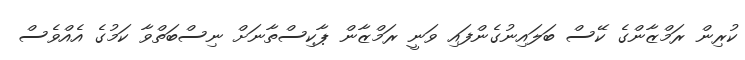
ކުރިން ރަމްޒާންގެ ކޭސް ބަލައިނުގެންފައި ވަނީ ރަމްޒާން ޕާކިސްތާނަށް ނިސްބަތްވާ ކަމުގެ އެއްވެސް